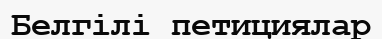
Белгілі петициялар